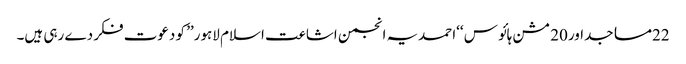
22مساجداور20 مشن ہائو س ‘‘احمدیہ انجمن اشاعت اسلام لاہور’’ کو دعوت فکر دے رہی ہیں۔